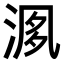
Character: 𣶘